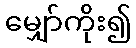
မျှော်ကိုး၍